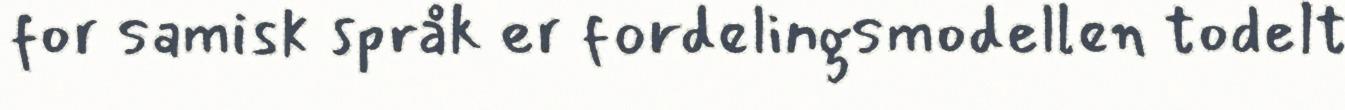
for samisk språk er fordelingsmodellen todelt